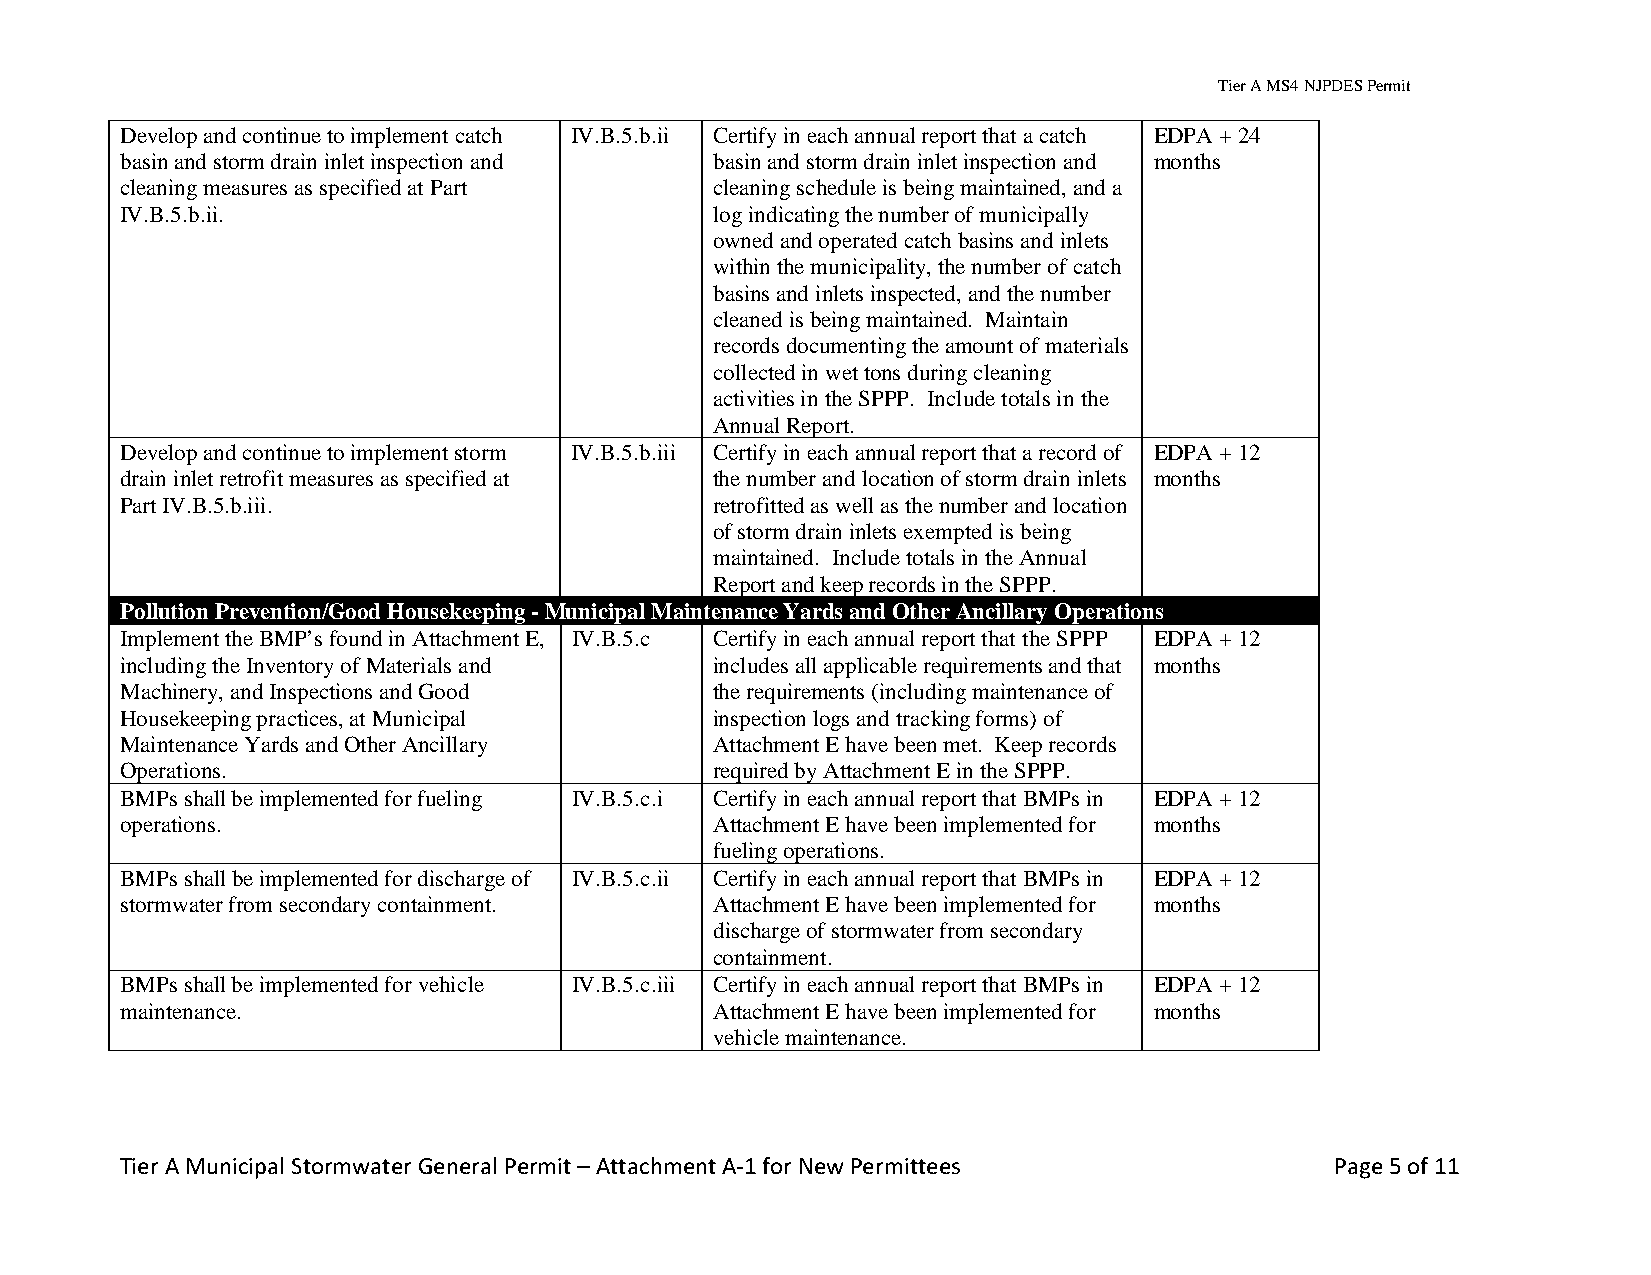
Tier A MS4 NJPDES Permit
 Develop and continue to implement catch IV.B.5.b.ii Certify in each annual report that a catch EDPA + 24
 basin and storm drain inlet inspection and basin and storm drain inlet inspection and months
 cleaning measures as specified at Part cleaning schedule is being maintained, and a
 IV.B.5.b.ii.                           log indicating the number of municipally
 owned and operated catch basins and inlets
 within the municipality, the number of catch
 basins and inlets inspected, and the number
 cleaned is being maintained. Maintain
 records documenting the amount of materials
 collected in wet tons during cleaning
 activities in the SPPP. Include totals in the
 Annual Report.
 Develop and continue to implement storm IV.B.5.b.iii Certify in each annual report that a record of EDPA + 12
 drain inlet retrofit measures as specified at the number and location of storm drain inlets months
 Part IV.B.5.b.iii.                     retrofitted as well as the number and location
 of storm drain inlets exempted is being
 maintained. Include totals in the Annual
 Report and keep records in the SPPP.
 Pollution Prevention/Good Housekeeping - Municipal Maintenance Yards and Other Ancillary Operations
 Implement the BMP’s found in Attachment E, IV.B.5.c Certify in each annual report that the SPPP EDPA + 12
 including the Inventory of Materials and includes all applicable requirements and that months
 Machinery, and Inspections and Good    the requirements (including maintenance of
 Housekeeping practices, at Municipal   inspection logs and tracking forms) of
 Maintenance Yards and Other Ancillary  Attachment E have been met. Keep records
 Operations.                            required by Attachment E in the SPPP.
 BMPs shall be implemented for fueling IV.B.5.c.i Certify in each annual report that BMPs in EDPA + 12
 operations.                            Attachment E have been implemented for months
 fueling operations.
 BMPs shall be implemented for discharge of IV.B.5.c.ii Certify in each annual report that BMPs in EDPA + 12
 stormwater from secondary containment. Attachment E have been implemented for months
 discharge of stormwater from secondary
 containment.
 BMPs shall be implemented for vehicle IV.B.5.c.iii Certify in each annual report that BMPs in EDPA + 12
 maintenance.                           Attachment E have been implemented for months
 vehicle maintenance.
 Tier A Municipal Stormwater General Permit – Attachment A-1 for New Permittees  Page 5 of 11